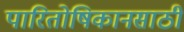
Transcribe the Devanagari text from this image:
पारितोषिकानसाठी